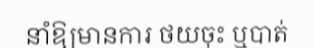
នាំឱ្យមានការ ថយចុះ ឬបាត់